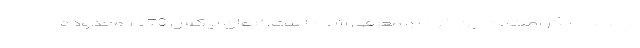
از جمله دیگر امکانت این خودرو معرفی شده است. لیفان ایکس 70 در محدوده